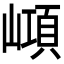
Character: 𡼔